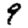
Digit: 9